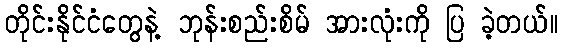
တိုင်းနိုင်ငံတွေနဲ့ ဘုန်းစည်းစိမ် အားလုံးကို ပြ ခဲ့တယ်။